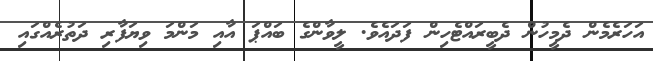
އަހަރެމެން ދެމީހުން ދެބީރައްޓެހިން ފަދައެވެ. ލީވާންގެ ބައްޕަ އާއި މަންމަ ވިޔަފާރި ދަތުރެއްގައި